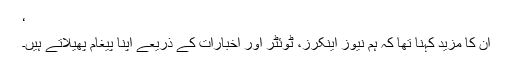
‘
ان کا مزید کہنا تھا کہ ہم نیوز اینکرز، ٹوئٹر اور اخبارات کے ذریعے اپنا پیغام پھیلاتے ہیں۔